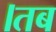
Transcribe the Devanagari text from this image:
।तब